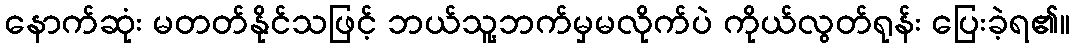
နောက်ဆုံး မတတ်နိုင်သဖြင့် ဘယ်သူ့ဘက်မှမလိုက်ပဲ ကိုယ်လွတ်ရုန်း ပြေးခဲ့ရ၏။